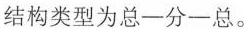
结构类型为总—分—总。